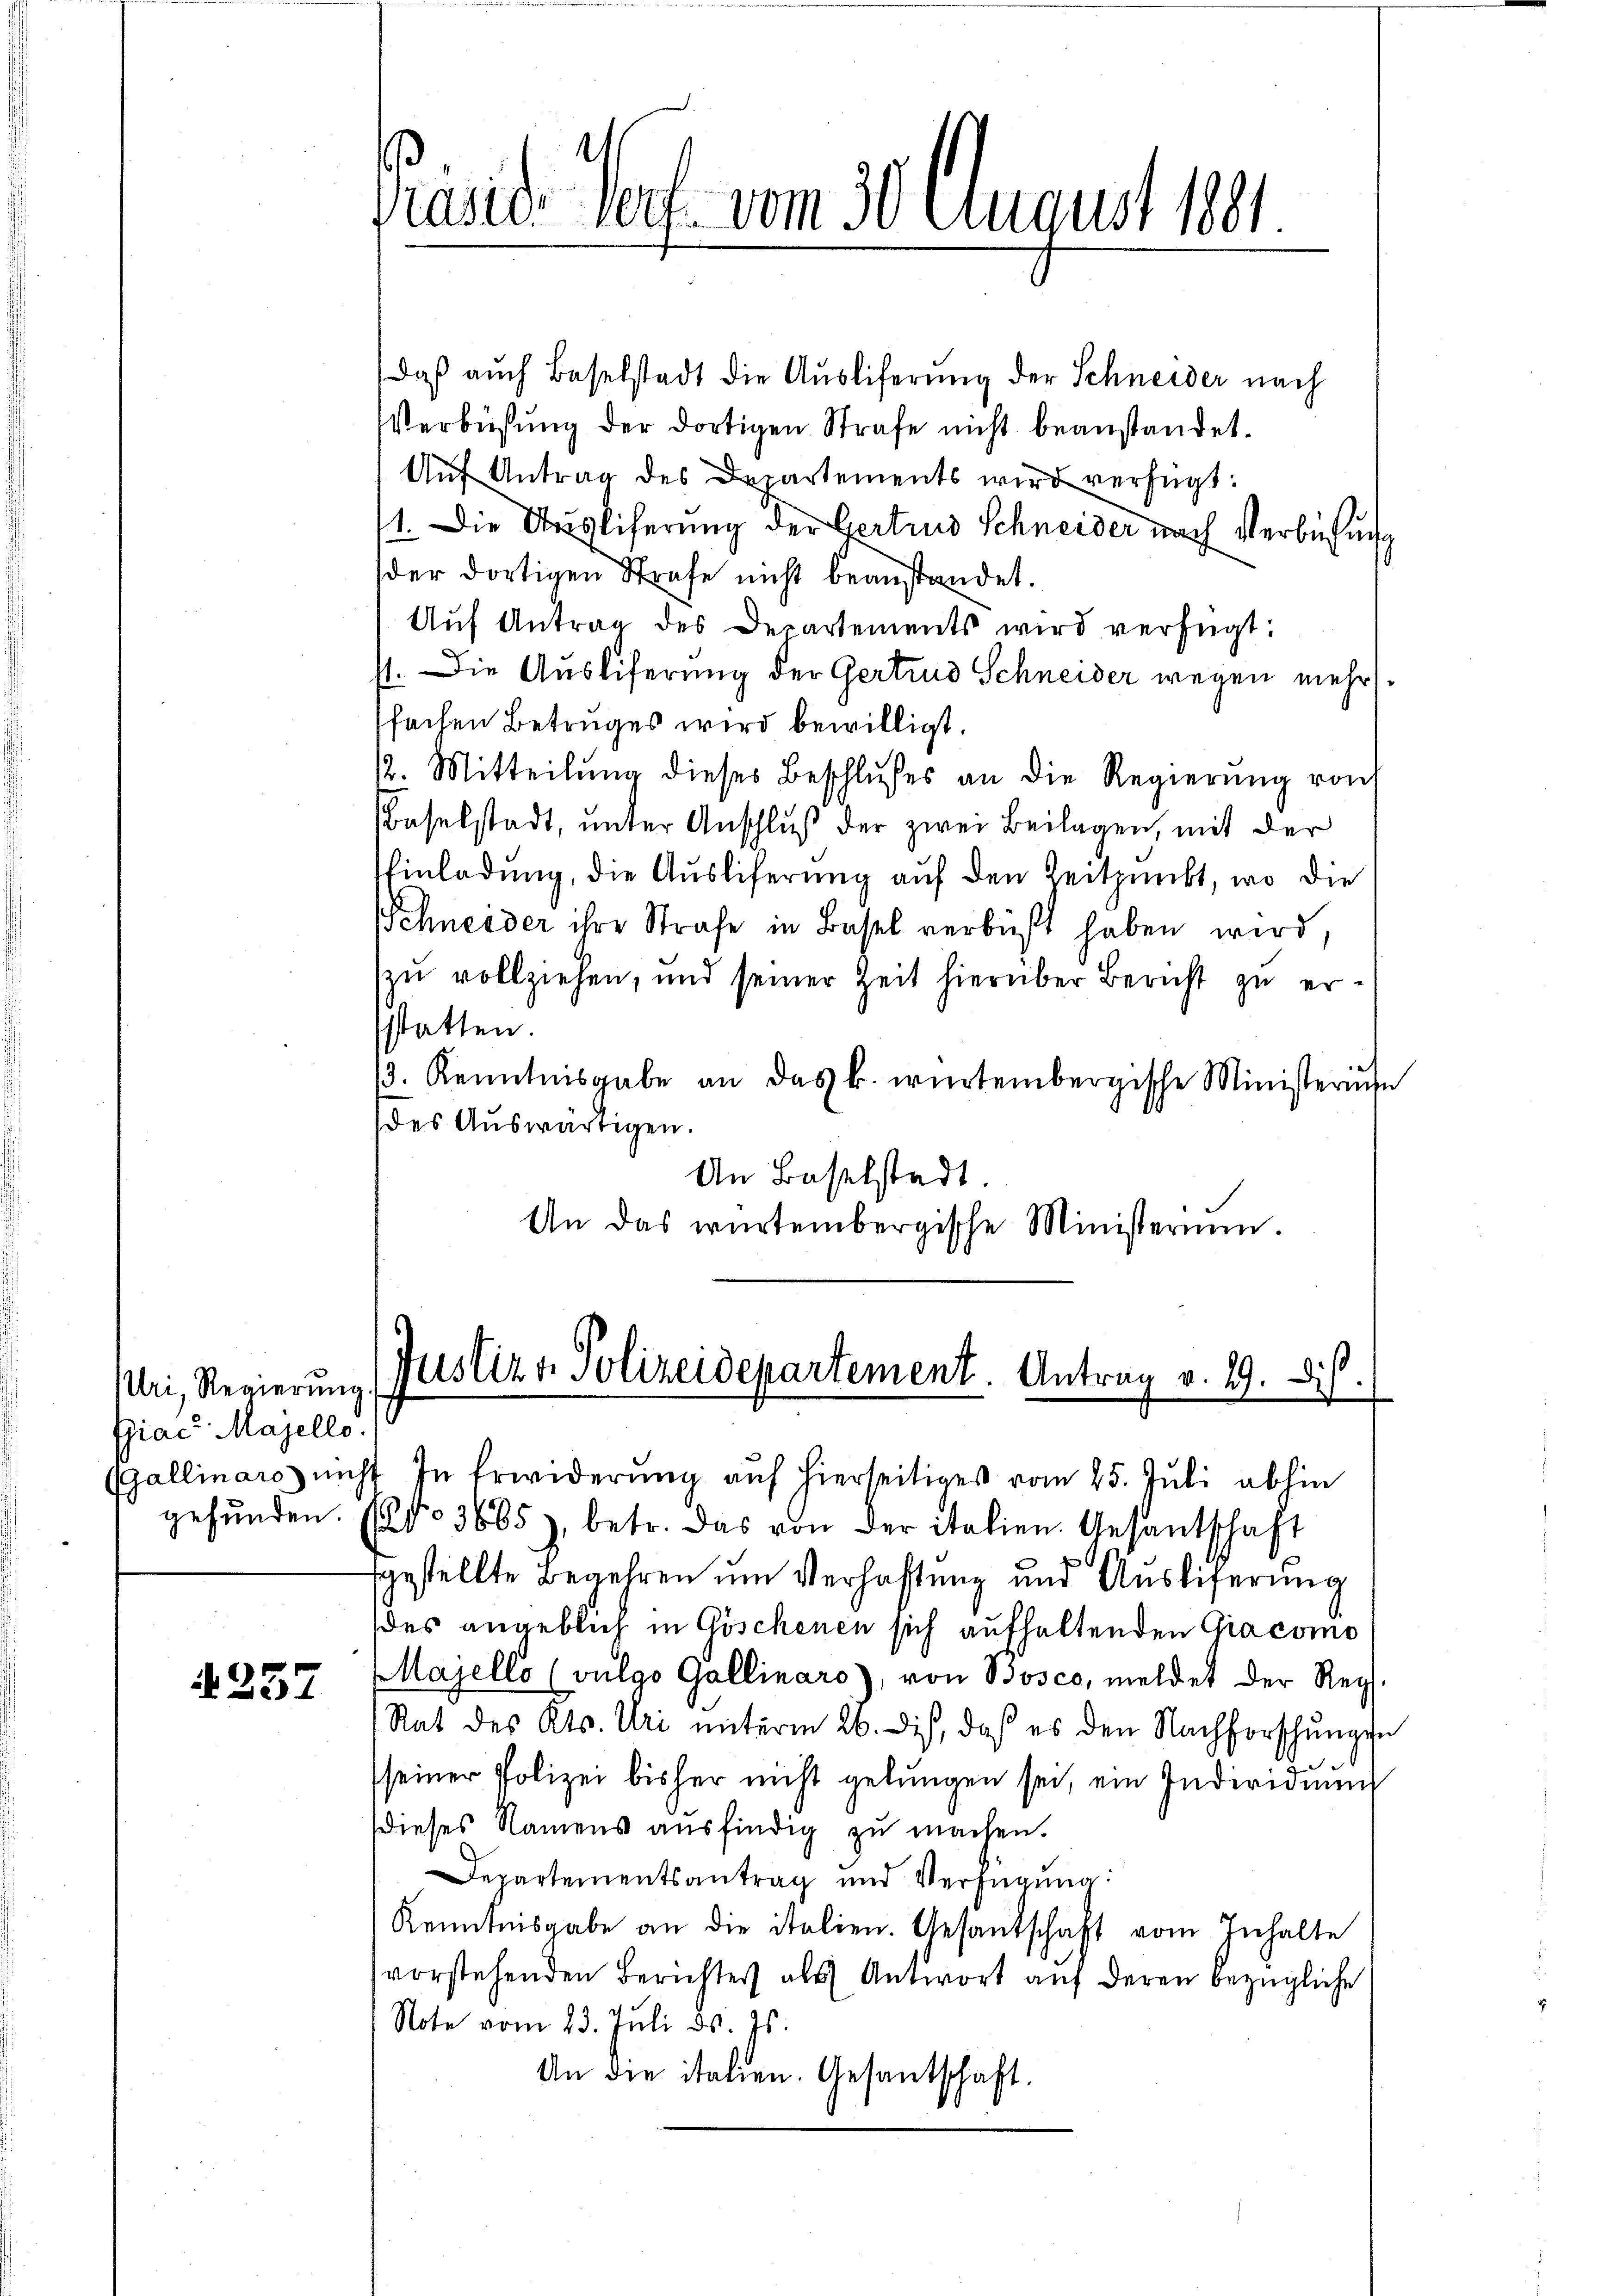
Uri, Regierung.
Giac Majello.

A 257

daß auch Baselstadt die Aŭsliferung der Schneider nach
Verbüßung der dortigen Strafe nicht beanstandet.
Aŭf Antrag des Departements wird verfügt:
1. Die Auslicherung der Fertins Schneider nach Verbüßung
der dortigen Strafe nicht beanstandet.
Aŭf Antrag des Departements wird verfügt:
st. Die Ausliferung der Gertrud Schneider wegen mehrfachen Betruges wird bewilligt.
12. Mitteilŭng dieses Beschlußes an die Regierŭng von
Baselstadt, unter Anschluß der zwei Beilagen, mit der
Einladung, die Auslieferung auf den Zeitpunkt, wo die
Schneider ihre Strafe in Basel verbüßt haben wird,
zu vollziehen, und seiner Zeit hierüber Bericht zu erstatten.
13. Kenntnisgabe an das k. würtembergische Ministerinn
des Auswärtigen.
An Baselstadt.
An das würtembergische Ministerium.

Pände Verf. vom 30. August 1891

Justiz & Polizeidepartement. Antrag v. 29. Dis
(Gallinaro nicht in Erwiderŭng aŭf hierseitiges vom 25. Jŭli abhin

gefŭnden. (No 3665), betr. das von der italien. Gesandschaft
fgestellte Begehren um Verhaftung und Auslieferung
des angeblich in Göschenen sich aufhaltenden Giacomo
Majello (vulgo Gallinars), von Bosco, meldet der Reg.
Rat des Kts. Uri unterm 26. dis, daß es den Nachforschungen
seiner Polizei bisher nicht gelungen sei, ein Individuum
dieses Namens ausfindig zu machen.
Departementsantrag und Verfügŭng:
Kenntnisgabe an die italien. Gesantschaft vom Inhalte
vorstehenden Berichtes als Antwort auf deren bezügliche
Note vom 23. Juli d. Js.
An die italien. Gesantschaft.